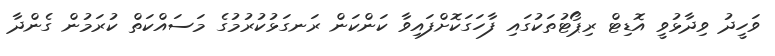
ވަހީދު ވިދާޅުވީ އޮޑިޓް ރިޕޯޓުތަކުގައި ފާހަގަކޮށްފައިވާ ކަންކަން ރަނގަޅުކުރުމުގެ މަސައްކަތް ކުރަމުން ގެންދާ